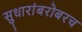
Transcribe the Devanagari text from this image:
सुधारांबरोबरच